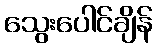
သွေးပေါင်ချိန်